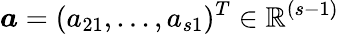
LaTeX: \boldsymbol{a}=(a_{21},...,a_{s1})^{T}\in\mathbb{R}^{(s-1)}